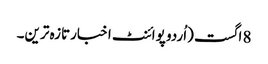
8 اگست (اُردو پوائنٹ اخبارتازہ ترین۔